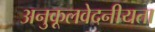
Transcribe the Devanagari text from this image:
अनुकूलवेदनीयता